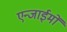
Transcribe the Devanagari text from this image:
एन्जाईमों